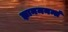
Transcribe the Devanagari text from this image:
ज्ञानमनन्तं